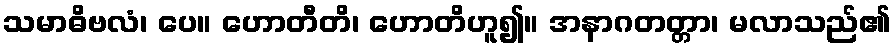
သမာဓိဗလံ၊ ပေ။ ဟောတီတိ၊ ဟောတိဟူ၍။ အနာဂတတ္တာ၊ မလာသည်၏